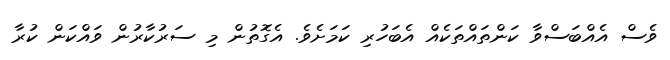
ވެސް އެއްބަސްވާ ކަންތައްތަކެއް އެބަހުރި ކަމަށެވެ. އެގޮތުން މި ސަރުކާރުން ވައްކަން ކުރާ